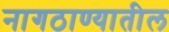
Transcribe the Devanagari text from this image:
नागठाण्यातील